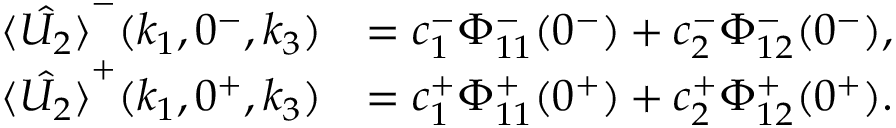
\begin{array} { r l } { \hat { \langle U _ { 2 } \rangle } ^ { - } ( k _ { 1 } , 0 ^ { - } , k _ { 3 } ) } & { = c _ { 1 } ^ { - } \Phi _ { 1 1 } ^ { - } ( 0 ^ { - } ) + c _ { 2 } ^ { - } \Phi _ { 1 2 } ^ { - } ( 0 ^ { - } ) , } \\ { \hat { \langle U _ { 2 } \rangle } ^ { + } ( k _ { 1 } , 0 ^ { + } , k _ { 3 } ) } & { = c _ { 1 } ^ { + } \Phi _ { 1 1 } ^ { + } ( 0 ^ { + } ) + c _ { 2 } ^ { + } \Phi _ { 1 2 } ^ { + } ( 0 ^ { + } ) . } \end{array}